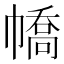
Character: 𢄹